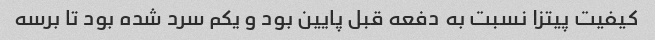
کیفیت پیتزا نسبت به دفعه قبل پایین بود و یکم سرد شده بود تا برسه